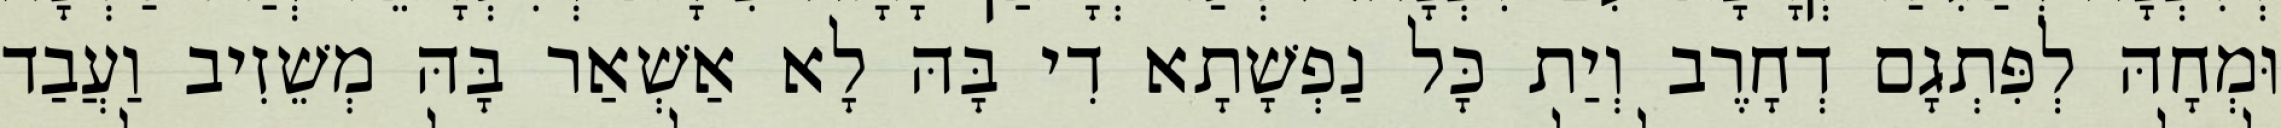
וּמְחָהּ לְפִּתְגָם דְחָרֶב וְיַת כָּל נַפְשָׁתָא דִי בָּהּ לָא אַשְׁאַר בָּהּ מְשֵׁזִיב וַעֲבַד